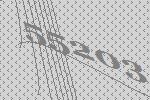
55203